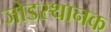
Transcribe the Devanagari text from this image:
जोडस्थानक